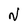
Character: N